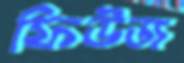
ফিউজ